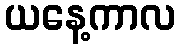
ယနေ့ကာလ